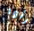
رأوا